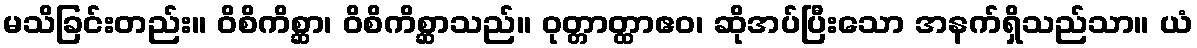
မသိခြင်းတည်း။ ဝိစိကိစ္ဆာ၊ ဝိစိကိစ္ဆာသည်။ ဝုတ္တာတ္ထာဧဝ၊ ဆိုအပ်ပြီးသော အနက်ရှိသည်သာ။ ယံ